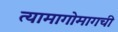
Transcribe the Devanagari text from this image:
त्यामागोमागची